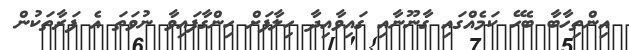
އިންތިހާބާ ބެހޭ ކަމެއްގައި ގާނޫނާއި ގައިވާއިދާ ހިލާފަށް ހިންގާފައިވާ ނުވަތަ އެ ފަރާތަކުން